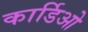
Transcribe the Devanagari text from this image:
कार्डिओ